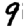
Digit: 9